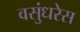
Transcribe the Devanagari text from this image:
वसुंधरेस